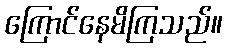
ကြောင်နေမိကြသည်။